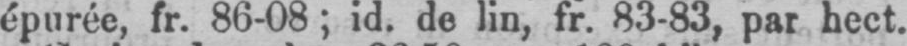
épurée, fr. 86-08; id. de lin, fr. 83-83, par hect.